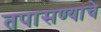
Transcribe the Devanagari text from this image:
तपासण्याचे